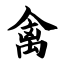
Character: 禽